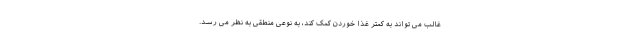
غالب می تواند به کمتر غذا خوردن کمک کند، به نوعی منطقی به نظر می رسد.